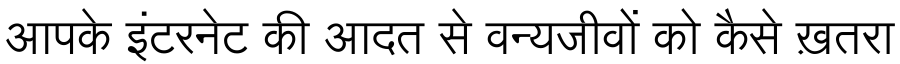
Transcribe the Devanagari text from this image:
आपके इंटरनेट की आदत से वन्यजीवों को कैसे ख़तरा